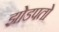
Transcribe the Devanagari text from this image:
झोडपतो